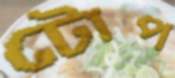
টোপ